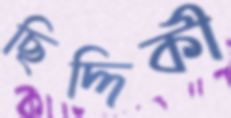
ছিদ্দিকী